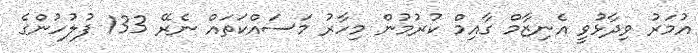
އުމަރު ވިދާޅުވީ އެނިޒާމް ގާއިމް ކުރުމުން މިހާރު މަސައްކަތައް ނެރޭ 133 ފުލުހުންގެ